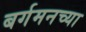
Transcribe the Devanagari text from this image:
बर्गमनच्या